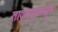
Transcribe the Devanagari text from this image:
तावूनसुलाखून